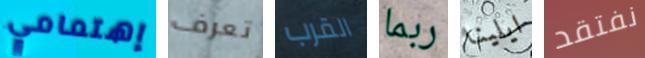
إهتمامي تعرف القرب ربما ايلينا نفتقد